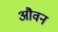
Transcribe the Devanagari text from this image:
औवन